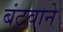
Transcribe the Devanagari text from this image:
बंटवाने